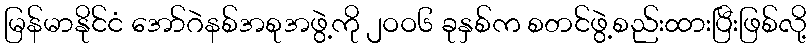
မြန်မာနိုင်ငံ အော်ဂဲနစ်အစုအဖွဲ့ကို ၂ဝဝ၆ ခုနှစ်က စတင်ဖွဲ့စည်းထားပြီးဖြစ်လို့